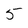
Character: 5